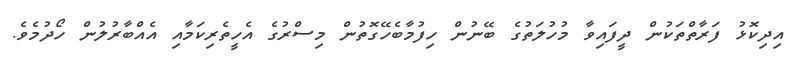
އިދިކޮޅު ފަރާތްތަކުން ދީފައިވާ މުހުލަތުގެ ބޭނުން ހިފުމާބެހޭގޮތުން މިސްރުގެ އެހީތެރިކަމާއި އެއްބާރުލުން ހޯދުމެވެ.